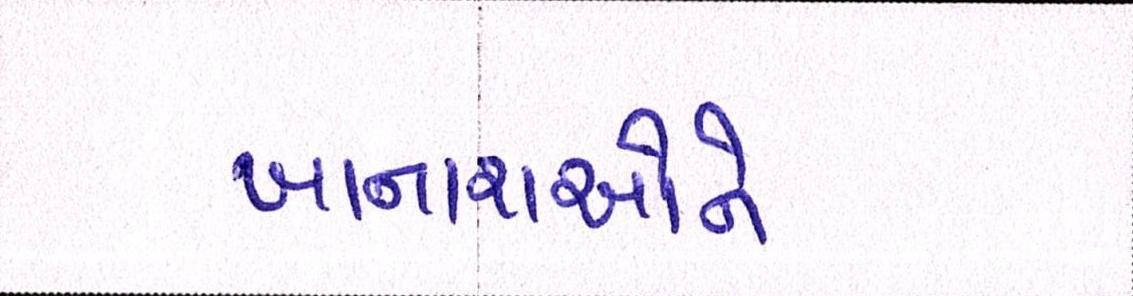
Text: ખાનારાઓને